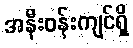
အနီးဝန်းကျင်ရှိ